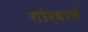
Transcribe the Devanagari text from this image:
गौरवाचे